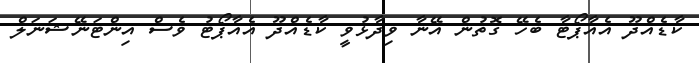
ކާޑެއްދޫ އެއާޕޯޓާ ބެހޭ ގޮތުން އޭނާ ވިދާޅުވީ ކާޑެއްދޫ އެއާޕޯޓު ވެސް އިންޓަނޭޝަނަލް